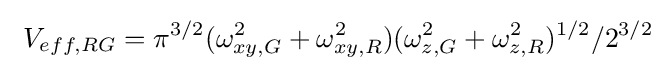
\ V_{eff,RG}=\pi ^{3/2}(\omega _{xy,G}^{2}+\omega _{xy,R}^{2})(\omega _{z,G}^{2}+\omega _{z,R}^{2})^{1/2}/2^{3/2}